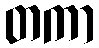
တကာ